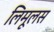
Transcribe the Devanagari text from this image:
लिमूलस